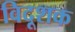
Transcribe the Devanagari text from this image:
विदूशक